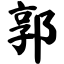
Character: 郭